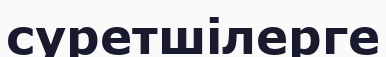
суретшілерге